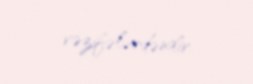
vəzifələrdəndir.